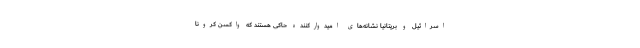
اسرائیل و بریتانیا نشانه‌های امیدوارکننده حاکی هستند که واکسن کرونا